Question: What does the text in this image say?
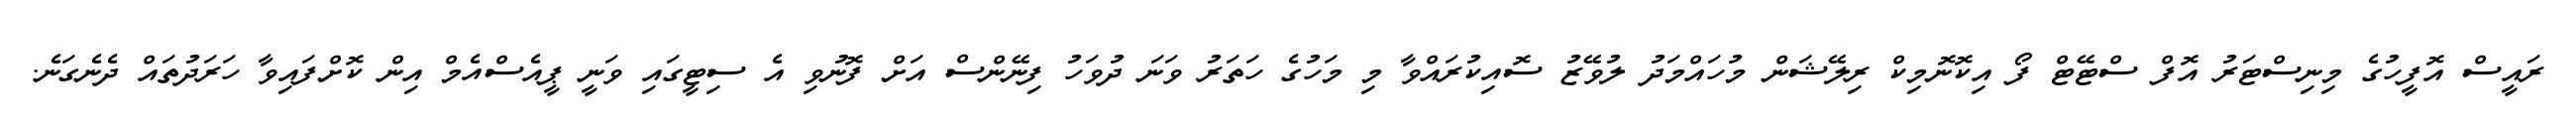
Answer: ރައީސް އޮފީހުގެ މިނިސްޓަރު އޮފް ސްޓޭޓް ފޯ އިކޮނޮމިކް ރިލޭޝަން މުހައްމަދު ލުވޭޒު ސޮއިކުރައްވާ މި މަހުގެ ހަތަރު ވަނަ ދުވަހު ފިނޭންސް އަށް ފޮނުވި އެ ސިޓީގައި ވަނީ ޕީއެސްއެމް އިން ކޮށްފައިވާ ހަރަދުތައް ދެނެގަނެ.